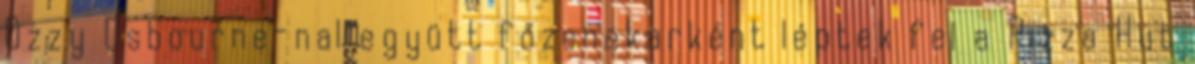
Ozzy Osbourne-nal együtt főzenekarként léptek fel a Pizza Hut